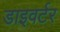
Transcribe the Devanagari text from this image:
डाइवर्टर